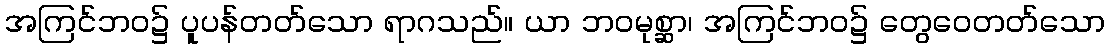
အကြင်ဘဝ၌ ပူပန်တတ်သော ရာဂသည်။ ယာ ဘဝမုစ္ဆာ၊ အကြင်ဘဝ၌ တွေဝေတတ်သော